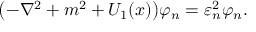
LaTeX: \bigl ( - \nabla ^ { 2 } + m ^ { 2 } + U _ { 1 } ( x ) \bigr ) \varphi _ { n } = \varepsilon _ { n } ^ { 2 } \varphi _ { n } .